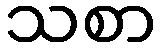
သစာ